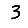
Digit: 3